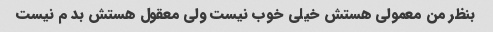
بنظر من معمولی هستش خیلی خوب نیست ولی معقول هستش بد م نیست